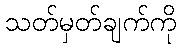
သတ်မှတ်ချက်ကို